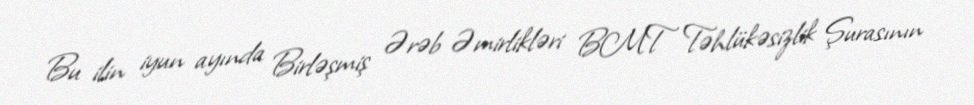
Bu ilin iyun ayında Birləşmiş Ərəb Əmirlikləri BMT Təhlükəsizlik Şurasının